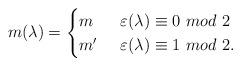
LaTeX: \begin{align*} m(\lambda) = \begin{cases} m \ \ & \varepsilon(\lambda) \equiv 0 \ mod \ 2 \\ m' & \varepsilon(\lambda) \equiv 1 \ mod \ 2. \end{cases} \end{align*}